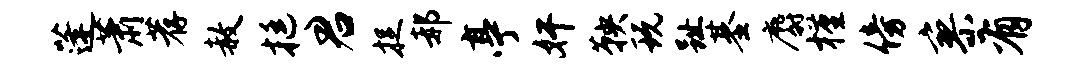
蓬萧荐赦挺君捉郝亭奸鞅玩趾基麝槿傍寥有